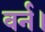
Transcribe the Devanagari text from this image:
वर्न।